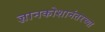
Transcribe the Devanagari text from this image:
ज्ञानकोशानंतरच्या